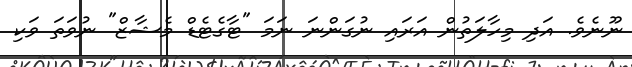
ނޫނެވެ. އަދި މިހާލަތުން އަރައި ނުގަންނަ ނަމަ "ޓާގެޓެޑް މެޝާޒް" ނުވަތަ ވަކި